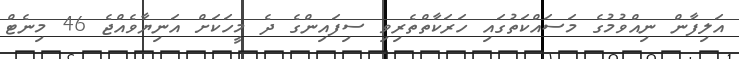
އަލިފާން ނިއްވުމުގެ މަސައްކަތުގައި ހަރަކާތްތެރިވި ސިފައިންގެ ދެ މީހަކަށް އަނިޔާވެއްޖެ 46 މިނެޓް